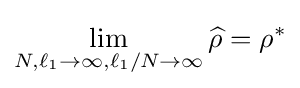
\lim _{N,\ell _{1}\to \infty ,\ell _{1}/N\to \infty }{\widehat {\rho }}=\rho ^{*}